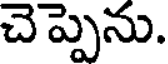
చెప్పెను.